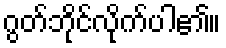
ဂွတ်ဘိုင်လိုက်ပါ၏။